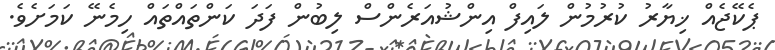
ޕެކޭޖެއް ޚިޔާރު ކުރުމުން ލައިފް އިންޝުއަރެންސް ލިބުން ފަދަ ކަންތައްތައް ހިމެނޭ ކަމަށެވެ.